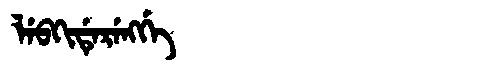
Manchu: ᠯᡝᠪᡴᡳᡩᡝᡵᡝᠩᡤᡝ
Romanization: LEBKIDERENGGE